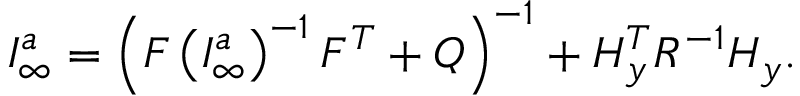
{ \cal I } _ { \infty } ^ { a } = \left( F \left( { \cal I } _ { \infty } ^ { a } \right) ^ { - 1 } F ^ { T } + Q \right) ^ { - 1 } + H _ { y } ^ { T } R ^ { - 1 } H _ { y } .